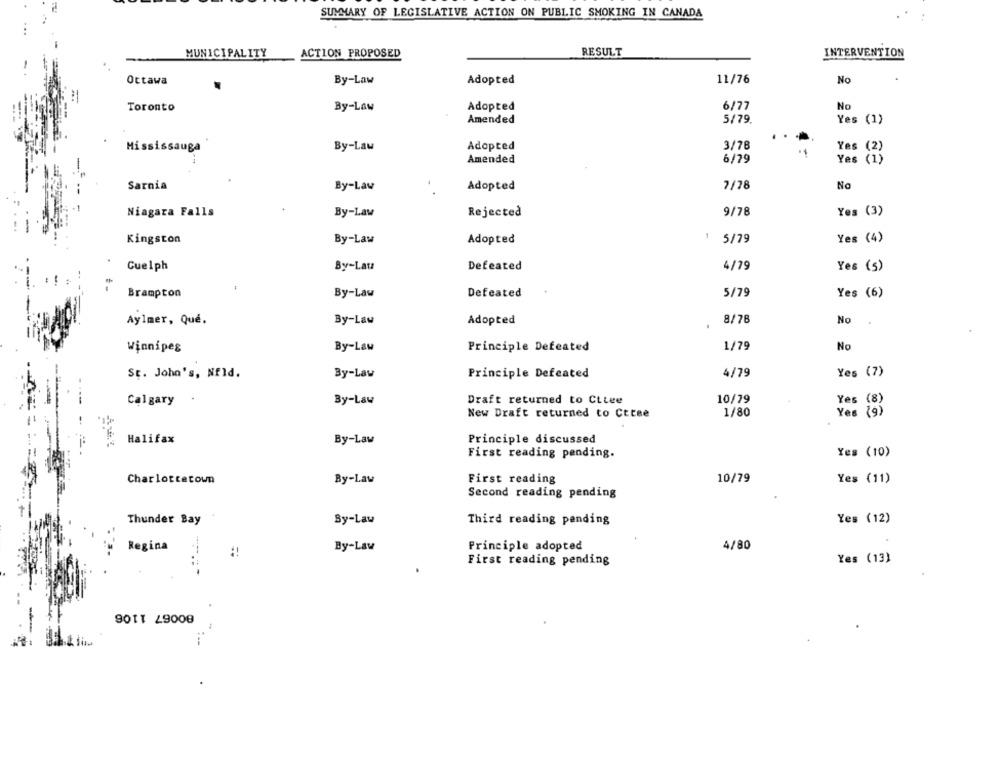
SUMMARY OF LEGISLATIVE ACTION ON PUBLIC SMOKING IN CANADA
MUNICIPALITY
ACTION PROPOSED
RESULT
INTERVENTION
Ottawa
By-Law
Adopted
11/76
No
6/77
No
Toronto
By-Law
Adopted
Amended
5/79.
Yes (1)
Mississauga
By-Law
Adopted
3/78
Yes (2)
Amended
6/79
Yes
Yes (1)
Sarnia
By-Law
Adopted
7/78
No
Niagara Falls
By-Law
Rejected
9/78
Yes (3)
Kingston
By-Law
Adopted
5/79
Yes (4)
Guelph
By-Lau
Defeated
4/79
Yes (s)
Brampton
By-Law
Defeated
5/79
Yes (6)
By-Law
Adopted
8/78
No
Aylmer, Qué.
Winnipeg
By-Law
Principle Defeated
1/79
No
St. John's, Nfld.
By-Law
4/79
Yes (7)
Principle Defeated
Calgary
By-Law
Draft returned to Ctlee
10/79
Yes
(8)
Yes
New Draft returned to Cttee
1/80
Halifax
By-Law
Principle discussed
First reading pending.
Yes (10)
Charlottetown
First reading
10/79
Yes (11)
By-Law
Second reading pending
Thunder Bay
By-Law
Third reading pending
Yes (12)
Regina
By-Law
Principle adopted
4/80
First reading pending
Yes (13)
80067 1106